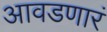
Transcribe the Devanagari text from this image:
आवडणारं